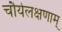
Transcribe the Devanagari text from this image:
चौर्यलक्षणाम्